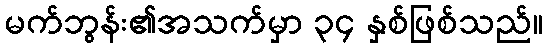
မက်ဘွန်း၏အသက်မှာ ၃၄ နှစ်ဖြစ်သည်။